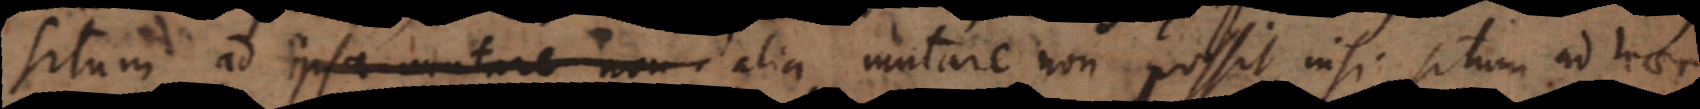
situm ad ipsa mutare non alia mutare non possit, nisi situm ad haec